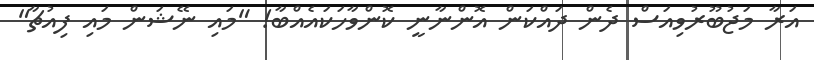
އަރާ މަޖުބޫރުވިއަސް ދެން ދައްކަން އޮންނާނީ ކޮންވާހަކައެއްބާ! "މައި ނޭޝަން މައި ފިއުޗާ"